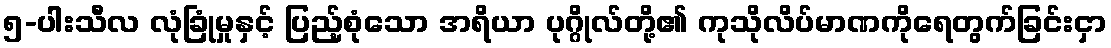
၅-ပါးသီလ လုံခြုံမှုနှင့် ပြည့်စုံသော အရိယာ ပုဂ္ဂိုလ်တို့၏ ကုသိုလိပ်မာဏကိုရေတွက်ခြင်းငှာ